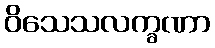
ဝိသေသလက္ခဏာ